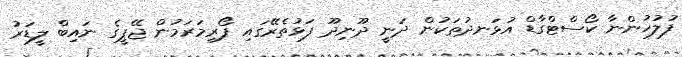
ފުލުހުންނާ ކޯސްޓްގާޑް އުޅަނދުތަކުން ދަނީ ދޫނިދޫ ފަޅުތެރޭގައި ފޯރިމަރަމުން ޖޭޕީގެ ނައިބް ލީޑަރު